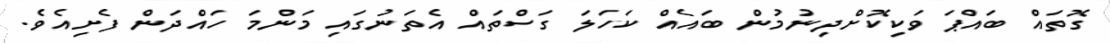
ގޮތައް ބައްޕަ ވަކިކޮށްދިނުމުން ބައެއް ކަހަލަ ގަސްތައް އެތަނުގައި މަންމަ ހައްދަން ފެށިއެވެ.